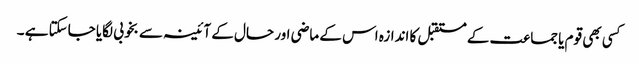
کسی بھی قوم یا جماعت کے مستقبل کا اندازہ اس کے ماضی اور حال کے آئینہ سے بخوبی لگایا جاسکتا ہے ۔